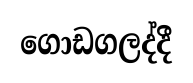
ගොඩගලද්දී